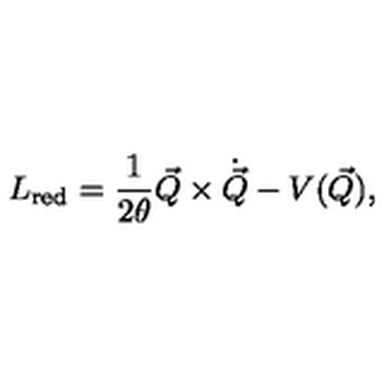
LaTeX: L _ { \mathrm { r e d } } = \frac { 1 } { 2 \theta } \vec { Q } \times \dot { \vec { Q } } - V ( \vec { Q } ) ,